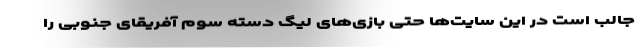
جالب است در این سایت‌ها حتی بازی‌های لیگ دسته سوم آفریقای جنوبی را